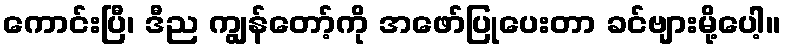
ကောင်းပြီ၊ ဒီည ကျွန်တော့်ကို အဖော်ပြုပေးတာ ခင်ဗျားမို့ပေါ့။